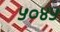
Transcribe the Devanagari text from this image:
५०४५